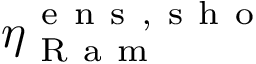
\eta _ { \mathrm { ~ R ~ a ~ m ~ } } ^ { \mathrm { ~ e ~ n ~ s ~ , ~ s ~ h ~ o ~ } }